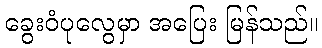
ခွေးဝံပုလွေမှာ အပြေး မြန်သည်။